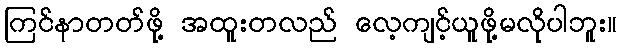
ကြင်နာတတ်ဖို့ အထူးတလည် လေ့ကျင့်ယူဖို့မလိုပါဘူး။